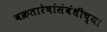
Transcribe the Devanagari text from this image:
वक्रतारेषांसंबंधीच्या